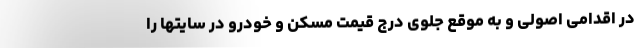
در اقدامی اصولی و به موقع جلوی درج قیمت مسکن و خودرو در سایتها را